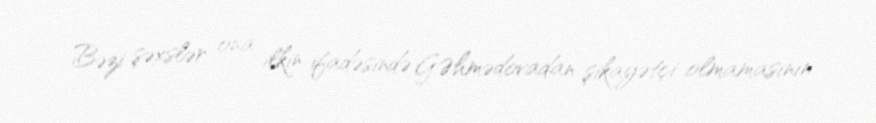
Bəzi şəxslər ona ilkin ifadəsində G.Əhmədovadan şikayətçi olmamasının